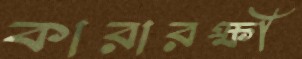
কারারক্ষী